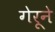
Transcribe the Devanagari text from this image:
गेरूने